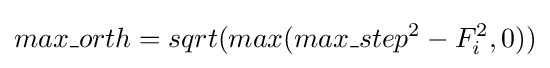
max\_orth=sqrt(max(max\_step^{2}-F_{i}^{2},0))